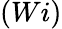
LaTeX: (Wi)